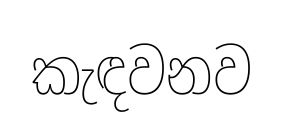
කැඳවනව